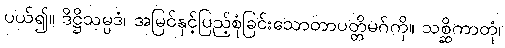
ပယ်၍။ ဒိဋ္ဌိသမ္ပဒံ၊ အမြင်နှင့်ပြည့်စုံခြင်းသောတာပတ္တိမဂ်ကို။ သစ္ဆိကာတုံ၊